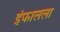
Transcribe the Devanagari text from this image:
इंफालला